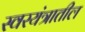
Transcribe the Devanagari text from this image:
स्वरयंत्रातील